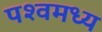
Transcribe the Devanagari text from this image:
पश्वमध्य